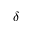
\delta